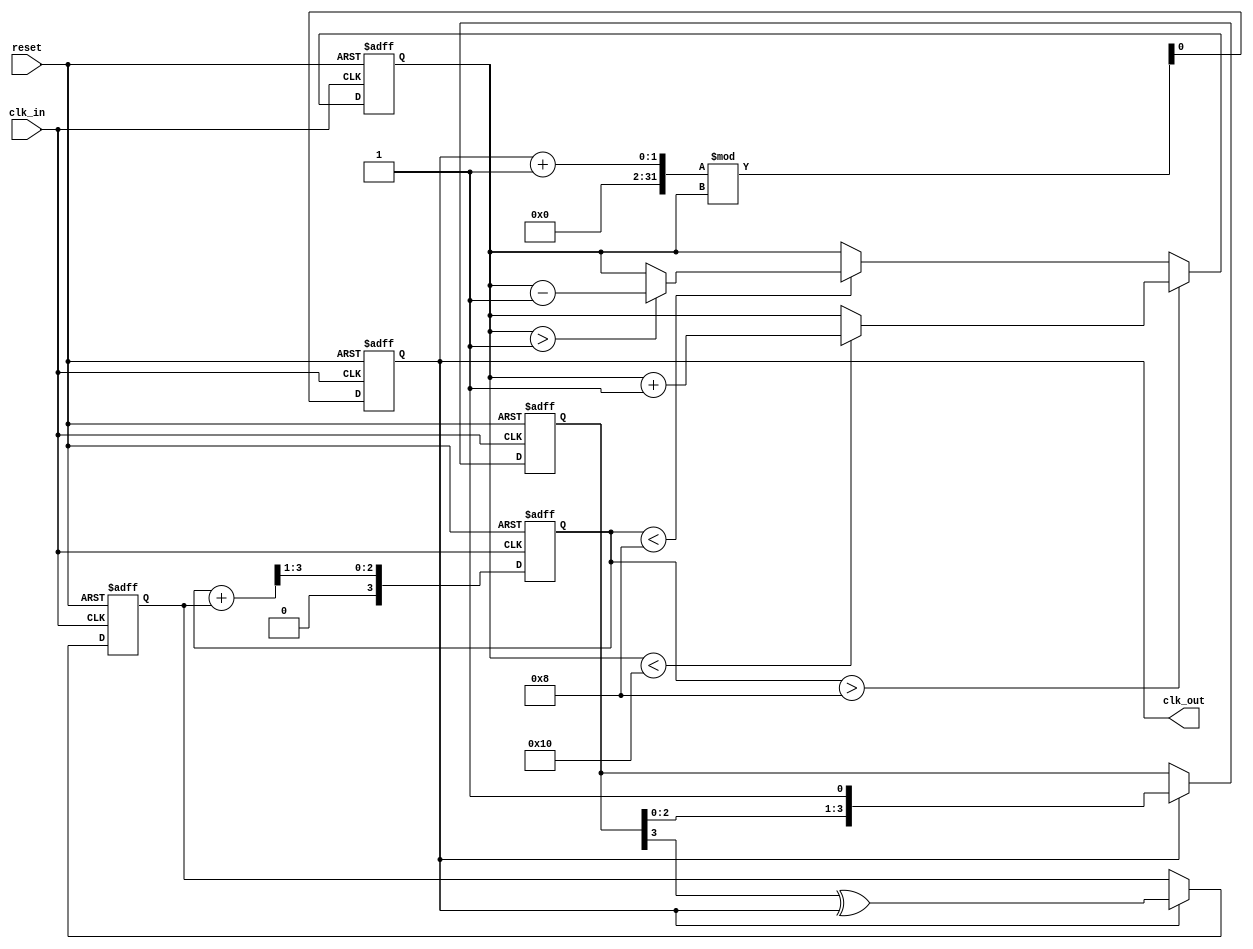
module ClockRecoveryPLL (
    input wire clk_in,        // Incoming data signal
    input wire reset,         // Reset signal
    output reg clk_out        // Output clock signal
);

// Parameters
parameter N = 4;             // Number of memory blocks
parameter FILTER_COEFF = 8; // Loop filter coefficient
parameter VCO_MAX = 16;     // Maximum VCO frequency
parameter VCO_MIN = 1;      // Minimum VCO frequency

// Internal signals
reg [N-1:0] phase_memory;    // Memory blocks to store phase information
reg [3:0] vco_freq;          // VCO frequency control
reg phase_error;             // Phase error signal
reg [3:0] loop_filter;       // Loop filter output

// Phase Detector
always @(posedge clk_in or posedge reset) begin
    if (reset) begin
        phase_memory <= 0;
        phase_error <= 0;
    end else begin
        // Edge detection
        if (clk_out) begin
            phase_memory <= {phase_memory[N-2:0], 1'b1}; // Store edge
            phase_error <= phase_memory[N-1] ^ clk_out; // XOR for phase error
        end
    end
end

// Loop Filter
always @(posedge clk_in or posedge reset) begin
    if (reset) begin
        loop_filter <= 0;
    end else begin
        // Simple first-order filter
        loop_filter <= (loop_filter + phase_error) >> 1; // Averaging
    end
end

// Voltage-Controlled Oscillator (VCO)
always @(posedge clk_in or posedge reset) begin
    if (reset) begin
        vco_freq <= VCO_MIN; // Start at minimum frequency
        clk_out <= 0;
    end else begin
        // Adjust VCO frequency based on loop filter output
        if (loop_filter > FILTER_COEFF) begin
            if (vco_freq < VCO_MAX) vco_freq <= vco_freq + 1;
        end else if (loop_filter < FILTER_COEFF) begin
            if (vco_freq > VCO_MIN) vco_freq <= vco_freq - 1;
        end
        
        // Generate output clock based on VCO frequency
        clk_out <= (clk_out + 1) % vco_freq; // Simple frequency divider
    end
end

endmodule